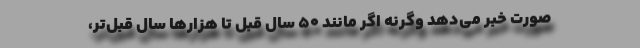
صورت خبر می‌دهد وگرنه اگر مانند 50 سال قبل تا هزارها سال قبل‌تر،